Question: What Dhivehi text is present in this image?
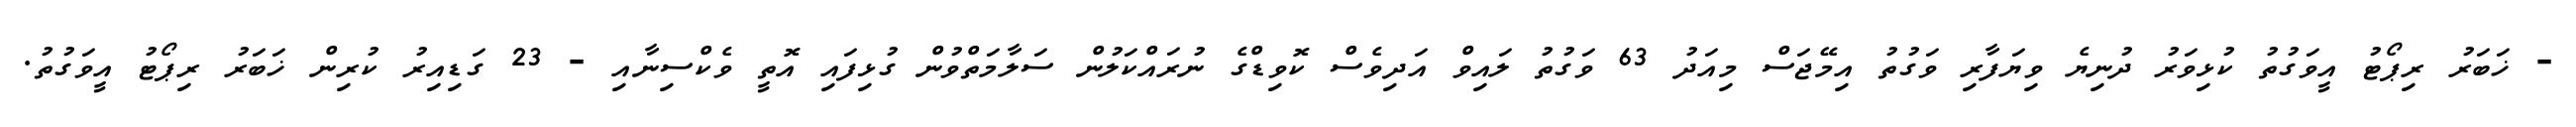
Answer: - ޚަބަރު ރިޕޯޓު އީވަގުތު ކުޅިވަރު ދުނިޔެ ވިޔަފާރި ވަގުތު އިމޭޖަސް މިއަދު 63 ވަގުތު ލައިވް އަދިވެސް ކޮވިޑްގެ ނުރައްކަލުން ސަލާމަތްވުން ގުޅިފައި އޮތީ ވެކްސިނާއި - 23 ގަޑިއިރު ކުރިން ޚަބަރު ރިޕޯޓު އީވަގުތު.